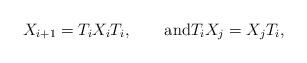
LaTeX: \begin{align*}X_{i+1} = T_i X_i T_i,\qquad\hbox{and}T_i X_j = X_j T_i,\end{align*}